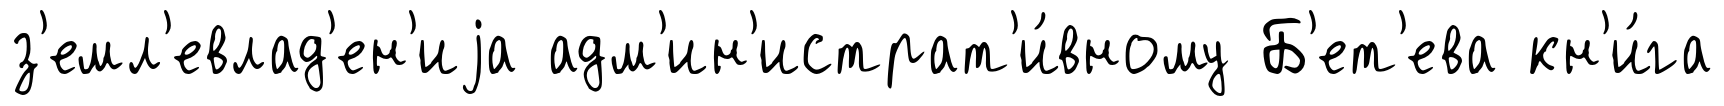
з'емл'евлад'ен'иjа адм'ин'истрат'и́вному Б'ет'ева кн'и́га